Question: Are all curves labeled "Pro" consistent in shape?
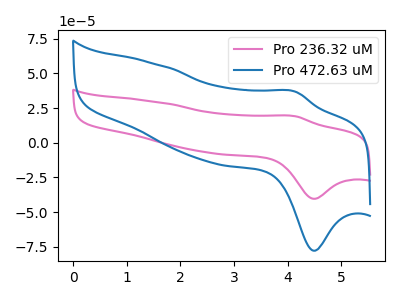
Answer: <think>The pink curve "Pro 236.32 uM" has an anodic peak at (4.15V, 19.10uA) and a cathodic peak at (4.50V, -40.45uA). The blue curve "Pro 472.63 uM" has an anodic peak at (4.15V, 36.80uA) and a cathodic peak at (4.50V, -77.95uA).
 All the peaks in "Pro 236.32 uM" have a peak in "Pro 472.63 uM" at the same potential. Every peak in "Pro 236.32 uM" is lower than every peak in "Pro 472.63 uM".</think>
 <answer>All the CV's of "Pro" have similar shape.</answer>
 <eval>follow_rule</eval>